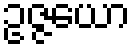
ဥဇ္ဇယော